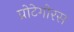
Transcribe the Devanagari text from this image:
प्रोटेगोरस